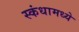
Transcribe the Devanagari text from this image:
स्कंधामध्ये